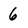
Character: 6